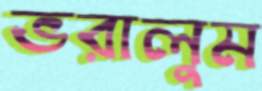
ভরালুম